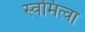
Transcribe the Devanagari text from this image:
स्वमित्वा